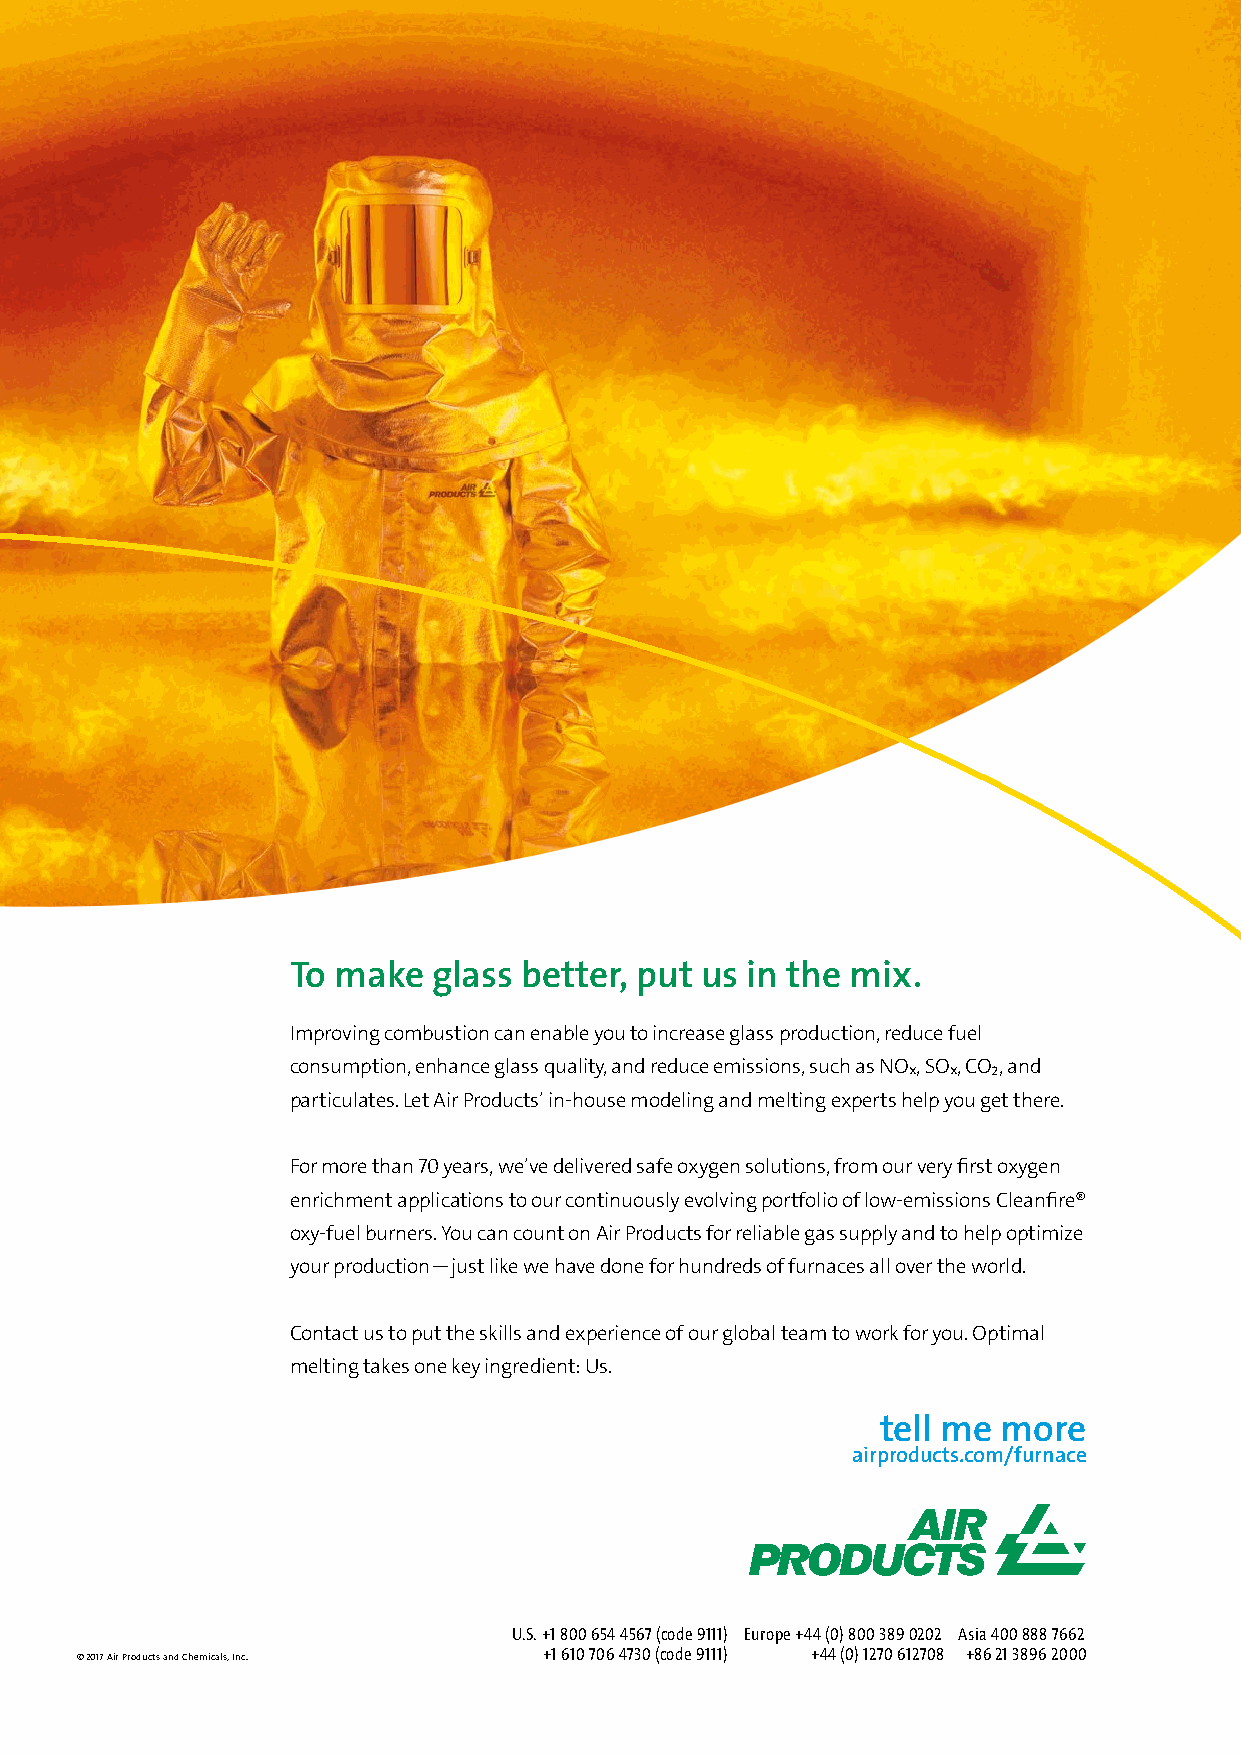
To make   glass better, put us in the mix.
 Improving combustion can enable you to increase glass production, reduce fuel
 consumption, enhance glass quality, and reduce emissions, such as NO , SO , CO₂, and
 x  x
 particulates. Let Air Products’ in-house modeling and melting experts help you get there.
 For more than 70 years, we’ve delivered safe oxygen solutions, from our very first oxygen
 enrichment applications to our continuously evolving portfolio of low-emissions Cleanfire®
 oxy-fuel burners. You can count on Air Products for reliable gas supply and to help optimize
 your production—just like we have done for hundreds of furnaces all over the world.
 Contact us to put the skills and experience of our global team to work for you. Optimal
 melting takes one key ingredient: Us.
 tell me more
 airproducts.com/furnace
 U.S. +1 800 654 4567 (code 9111) Europe +44 (0) 800 389 0202 Asia 400 888 7662
 ©2017 Air Products and Chemicals, Inc. +1 610 706 4730 (code 9111) +44 (0) 1270 612708 +86 21 3896 2000